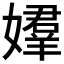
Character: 𡢡